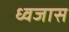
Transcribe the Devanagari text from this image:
ध्वजास